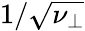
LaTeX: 1/\sqrt{\nu_{\perp}}